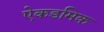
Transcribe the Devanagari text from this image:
ऐकडमिक